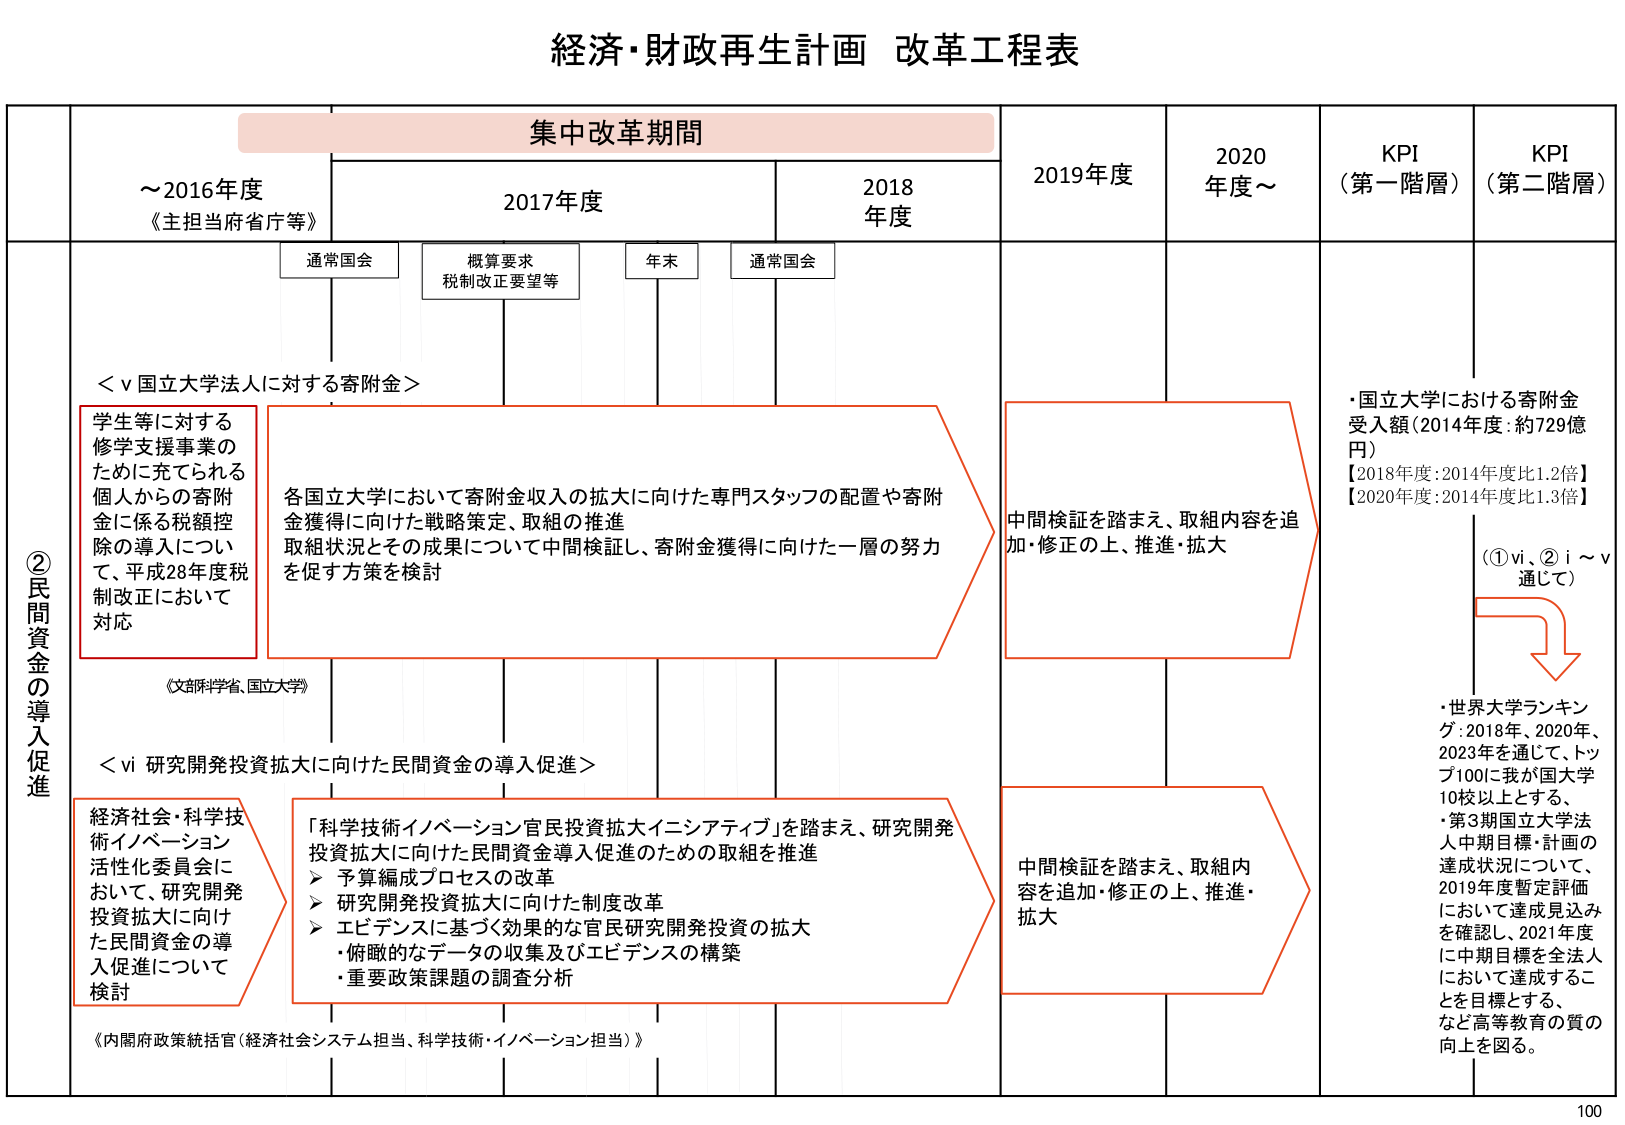
経済・財政再生計画 改革工程表

集中改革期間

～2016年度
《主担当府省庁等》

2017年度
通常国会
概算要求
税制改正要望等
年末
通常国会

2018年度

2019年度

2020年度～

KPI
（第一階層）

KPI
（第二階層）

②民間資金の導入促進

＜ⅴ国立大学法人に対する寄附金＞

学生等に対する
修学支援事業の
ために充てられる
個人からの寄附
金に係る税額控
除の導入につい
て、平成28年度税
制改正において
対応

各国立大学において寄附金収入の拡大に向けた専門スタッフの配置や寄附
金獲得に向けた戦略策定、取組の推進
取組状況とその成果について中間検証し、寄附金獲得に向けた一層の努力
を促す方策を検討

中間検証を踏まえ、取組内容を追
加・修正の上、推進・拡大

・国立大学における寄附金
受入額（2014年度：約729億
円）
【2018年度：2014年度比1.2倍】
【2020年度：2014年度比1.3倍】

（①ⅵ、②ⅰ～ⅴ
通じて）

・世界大学ランキング：2018年、2020年、
2023年を通じて、トップ100に我が国大学
10校以上とする、
・第3期国立大学法人中期目標・計画の
達成状況について、
2019年度暫定評価
において達成見込み
を確認し、2021年度
に中期目標を全法人
において達成することを目標とする、
など高等教育の質の
向上を図る。

＜ⅵ研究開発投資拡大に向けた民間資金の導入促進＞

経済社会・科学技
術イノベーション
活性化委員会に
おいて、研究開発
投資拡大に向け
た民間資金の導
入促進について
検討

「科学技術イノベーション官民投資拡大イニシアティブ」を踏まえ、研究開発
投資拡大に向けた民間資金導入促進のための取組を推進
➤ 予算編成プロセスの改革
➤ 研究開発投資拡大に向けた制度改革
➤ エビデンスに基づく効果的な官民研究開発投資の拡大
・俯瞰的なデータの収集及びエビデンスの構築
・重要政策課題の調査分析

中間検証を踏まえ、取組内
容を追加・修正の上、推進・
拡大

《文部科学省、国立大学》

《内閣府政策統括官（経済社会システム担当、科学技術・イノベーション担当）》

100